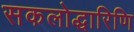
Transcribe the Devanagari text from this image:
सकलोद्धारिणि